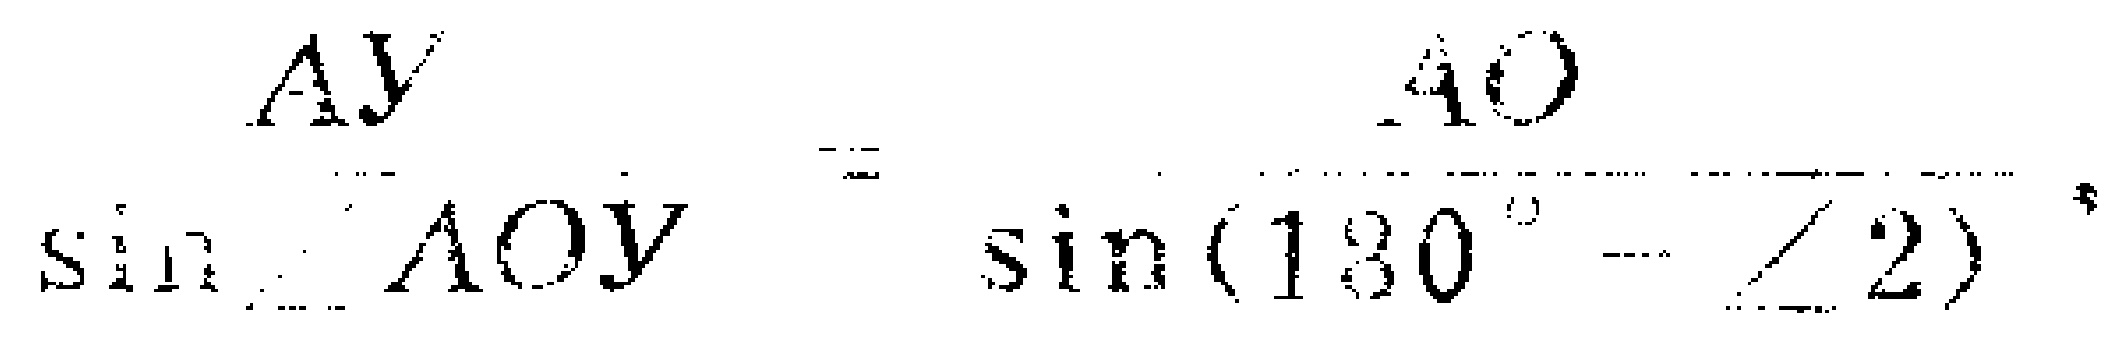
\(\frac{AY}{\sin\angle AOY}=\frac{40}{\sin(180^{\circ}-\angle 2)}\)